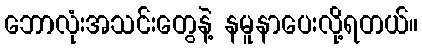
ဘောလုံးအသင်းတွေနဲ့ နမူနာပေးလို့ရတယ်။